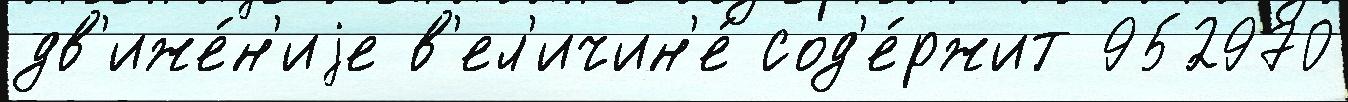
дв'иже́н'иjе в'ел'ичин'е́ сод'е́ржит 952970